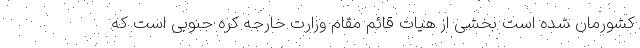
کشورمان شده است بخشی از هیات قائم مقام وزارت خارجه کره جنوبی است که